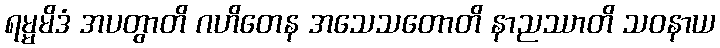
ရမ္မမိဒံ အပတွာတိ ဂဟိတေန အသေသတောတိ နာညဿာတိ သဝနာယ